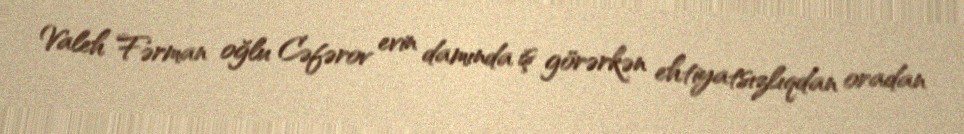
Valeh Fərman oğlu Cəfərov evin damında iş görərkən ehtiyatsızlıqdan oradan